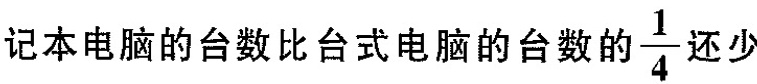
记本电脑的台数比台式电脑的台数的 \frac{1}{4} 还少